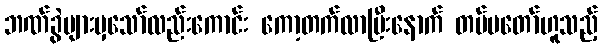
ဘဏ်ခွဲများမှသော်လည်းကောင်း ကော့တက်လာပြီးနောက် တပ်မတော်ဟူသည့်